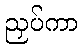
ညှပ်ကာ